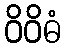
ဝိဝိဓံ